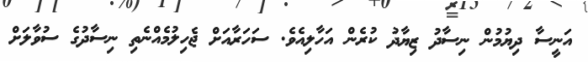
އަނީސާ ދިޔުމުން ނިސާދު ޒިޔާދު ކުރެން އަހާލިއެވެ. ސަހަރާއަށް ޖެހިލުމެއްނެތި ނިސާދުގެ ސުވާލަށް